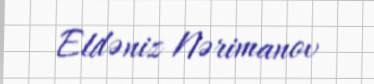
Eldəniz Nərimanov